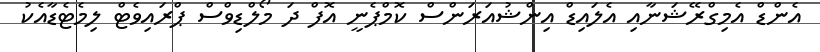
އެންޑް އެމިގްރޭޝަނާއި އެލައިޑް އިންޝުއަރަންސް ކޮމްޕެނީ އޮފް ދަ މޯލްޑިވްސް ޕްރައިވެޓް ލިމެޓެޑާއެކު